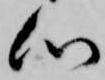
心